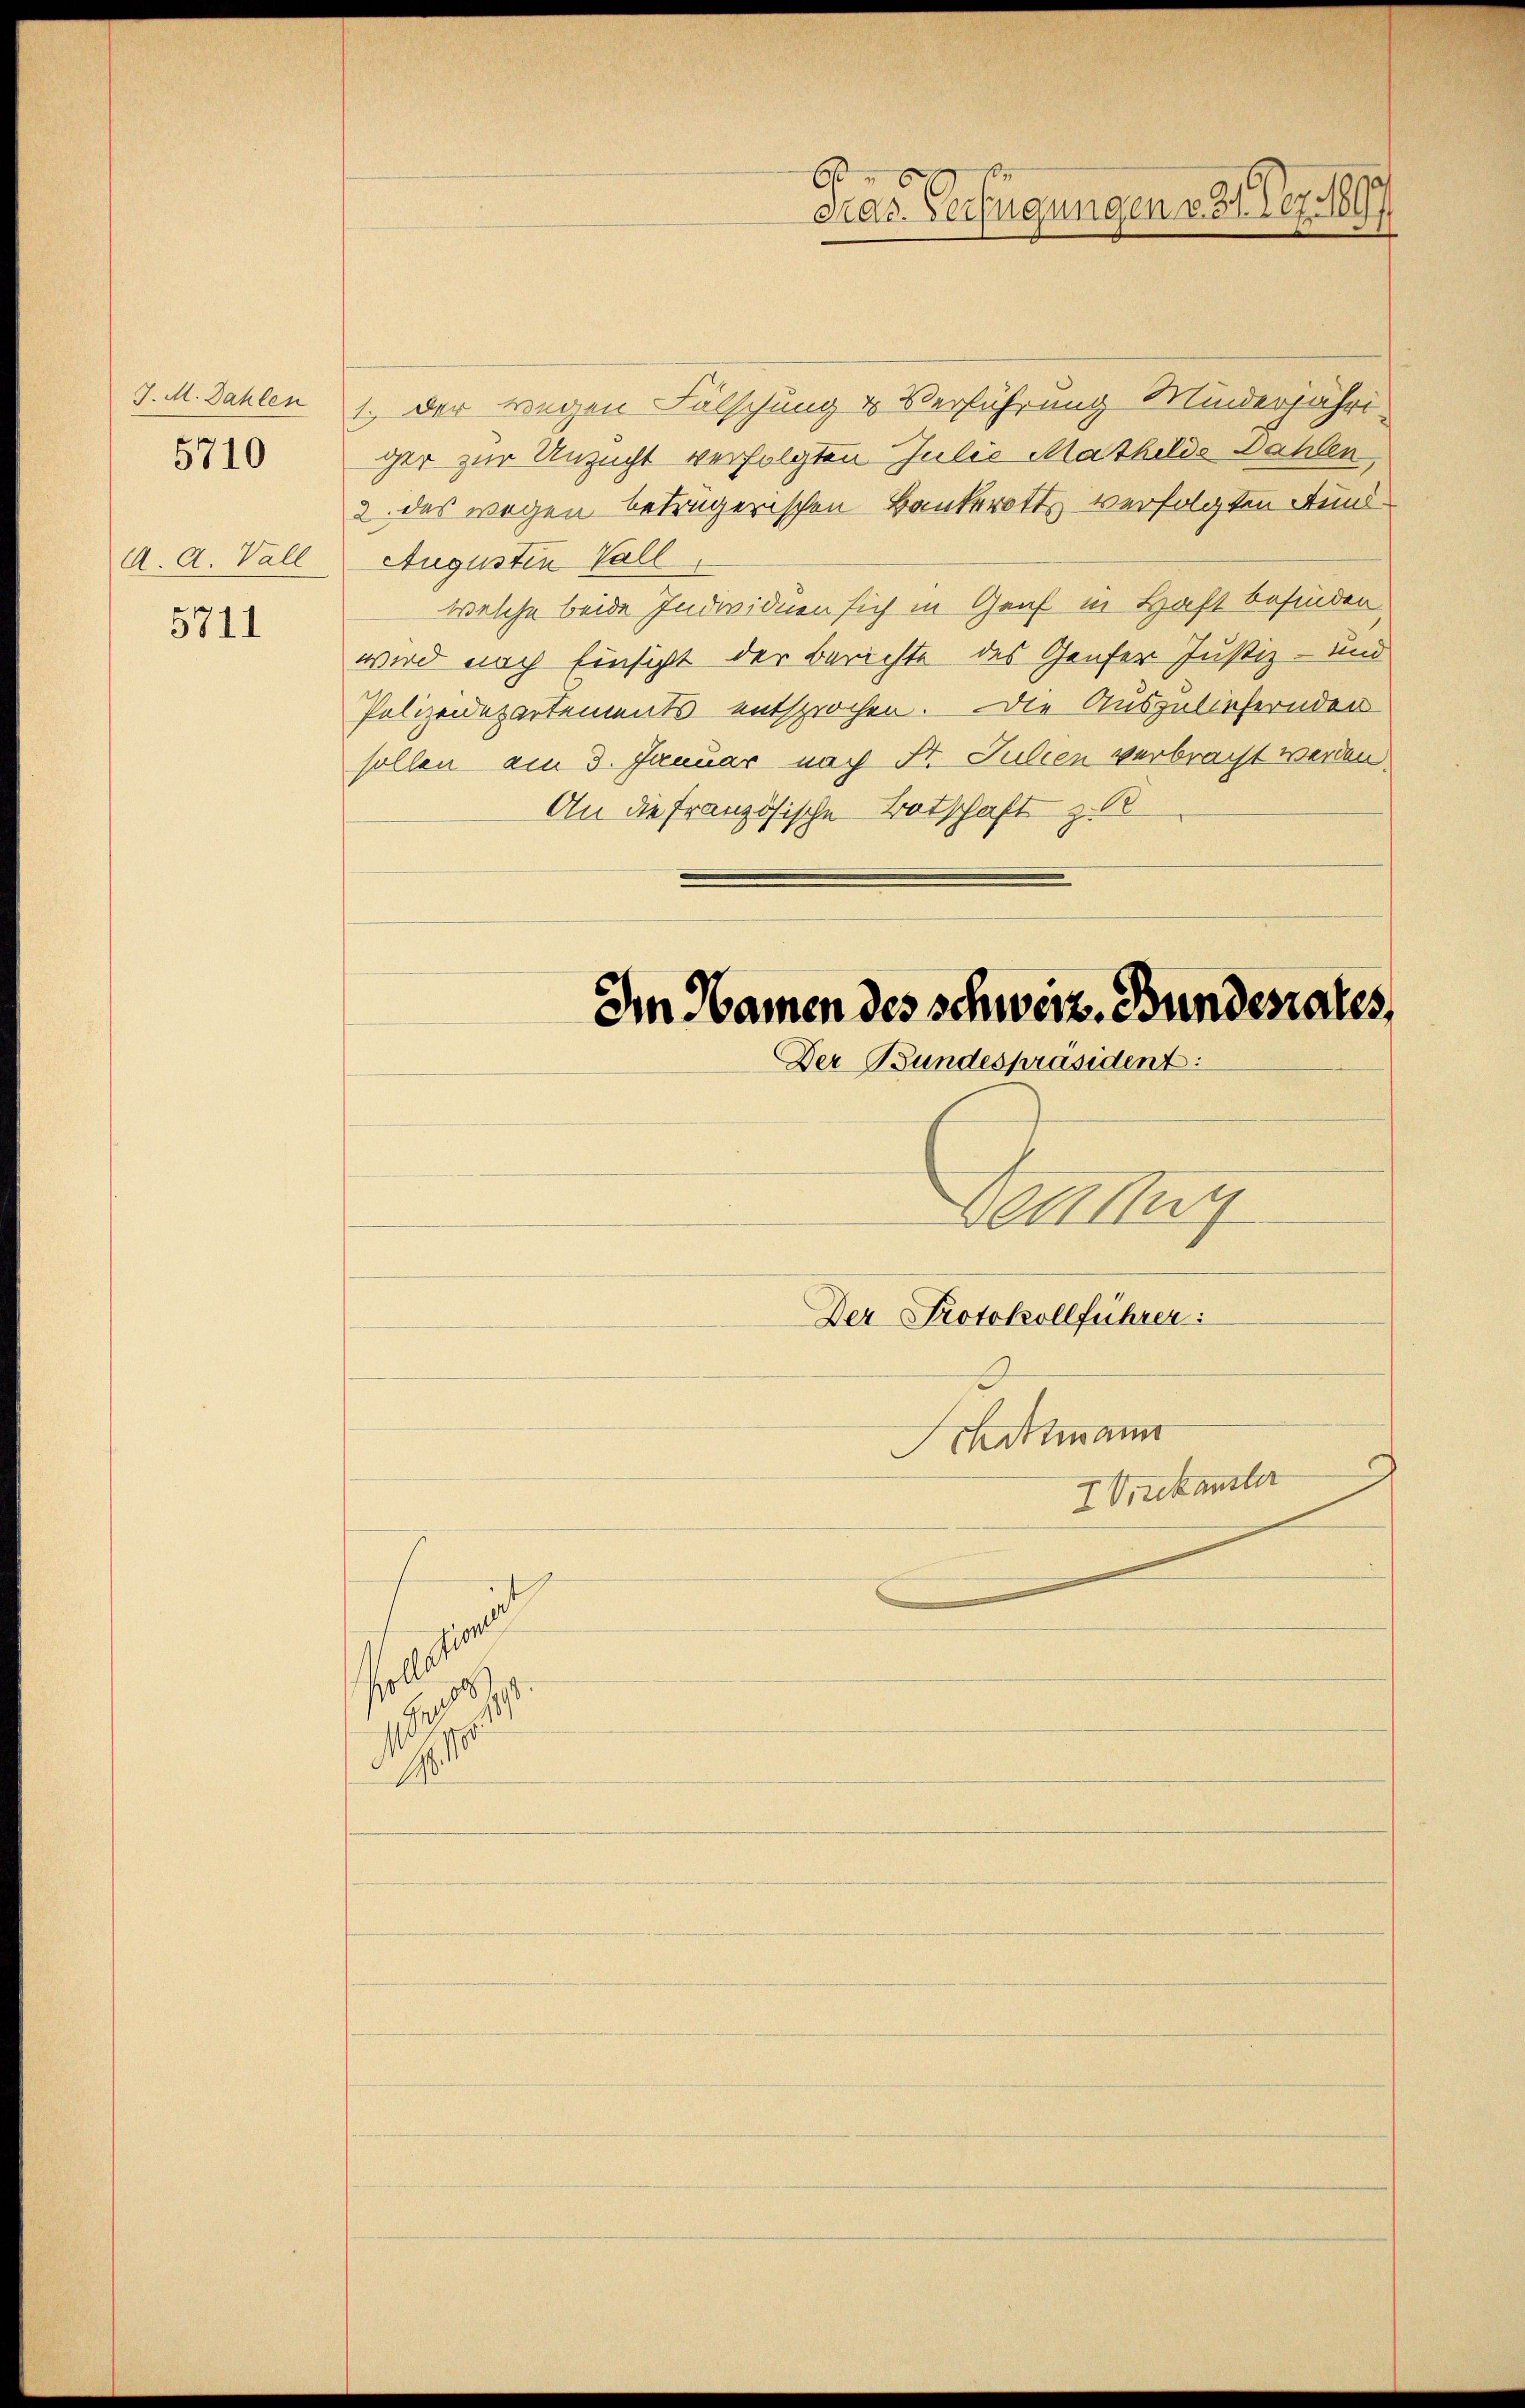
J. M. Dahlen
A. A. Vall

5710

5711

1.) Der wegen Fälschung u Verführung Minderjähriger zur Unzucht verfolgten Julie Mathilds Dählen,
2 des wegen betrügerischen Bankerotts verfolgten Fund¬
Augusten Vall
welche beide Individuen sich in Genf in Haft befinden
wird nach Einsicht der Berichte des Genfer Justiz- und
Polizeidepartements entsprochen. Die Auszuliefernden
sollen am 3. Januar nach St. Julien verbracht werden.
An die französische Botschaft z. R

on
e
s
.
1

6
Gras Verfügungen v. 31. Dez. 189

Im Namen des schweiz. Bundenales,
Der Bundespräsident:

Denu
Der Protokollführer:
Schottmann
I. Oreskanster